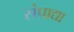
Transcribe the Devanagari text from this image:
संपाद्या